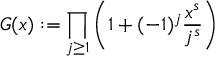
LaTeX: G ( x ) : = \prod _ { j \ge 1 } \bigg ( 1 + ( - 1 ) ^ { j } \frac { x ^ { s } } { j ^ { s } } \bigg )